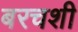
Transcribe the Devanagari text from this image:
बरचशी